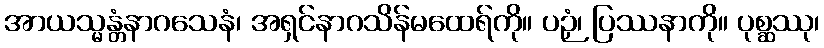
အာယသ္မန္တံနာဂသေနံ၊ အရှင်နာဂသိန်မထေရ်ကို။ ပဉှံ၊ ပြဿနာကို။ ပုစ္ဆဿု၊